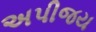
અપીજય